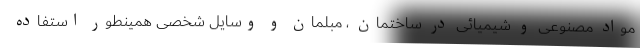
مواد مصنوعی و شیمیائی در ساختمان ، مبلمان و وسایل شخصی همینطور استفاده